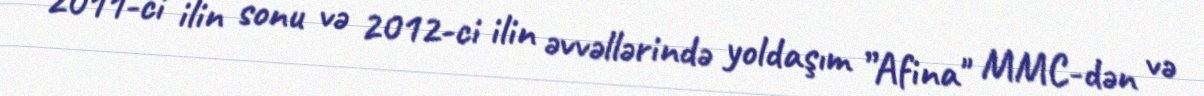
2011-ci ilin sonu və 2012-ci ilin əvvəllərində yoldaşım ”Afina" MMC-dən və